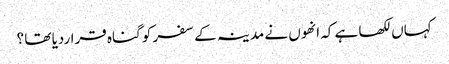
کہاں لکھا ہے کہ انھوں نے مدینہ کے سفر کو گناہ قراردیا تھا ؟